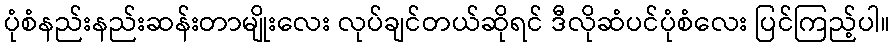
ပုံစံနည်းနည်းဆန်းတာမျိုးလေး လုပ်ချင်တယ်ဆိုရင် ဒီလိုဆံပင်ပုံစံလေး ပြင်ကြည့်ပါ။